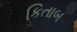
કિતાબ